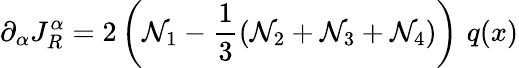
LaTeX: \partial_{\alpha}J_{R}^{\alpha}=2\left(\mathcal{N}_{1}-\frac{{1}}{{3}}\left(\mathcal{N}_{2}+\mathcal{N}_{3}+\mathcal{N}_{4}\right)\right)\, \, q(x)